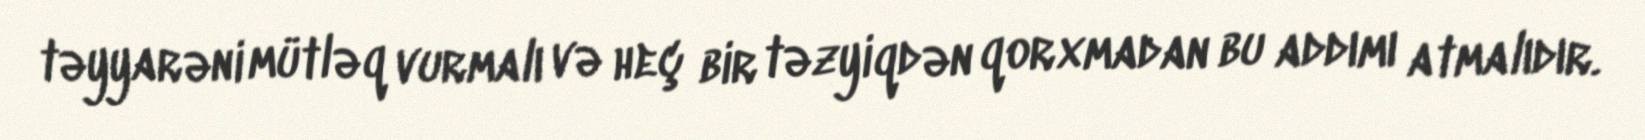
təyyarəni mütləq vurmalı və heç bir təzyiqdən qorxmadan bu addımı atmalıdır.